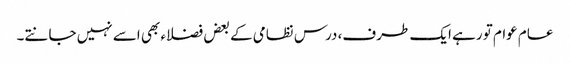
عام عوام تو رہے ایک طرف، درس نظامی کے بعض فضلاء بھی اسے نہیں جانتے۔